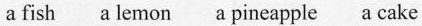
a fish a lemon a pineapple a cake